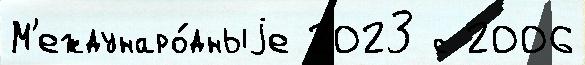
М'еждунаро́дныjе 2023 с 2006